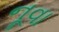
નૂવા